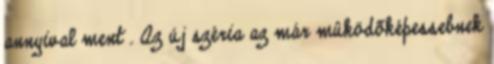
annyival ment . Az új széria az már mûködõképessebnek